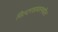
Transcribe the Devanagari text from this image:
विल्टरशायरमधील